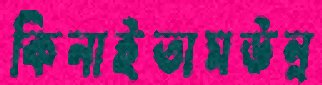
কিনাইতামউন্ন